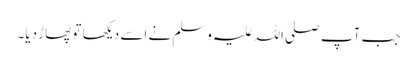
جب آپ صلی اللہ علیہ وسلم نے اسے دیکھا تو پھاڑ دیا۔